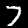
Digit: 7